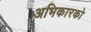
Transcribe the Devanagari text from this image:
अभिकारको